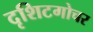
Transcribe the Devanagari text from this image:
दृशिटगोचर